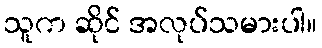
သူက ဆိုင် အလုပ်သမားပါ။